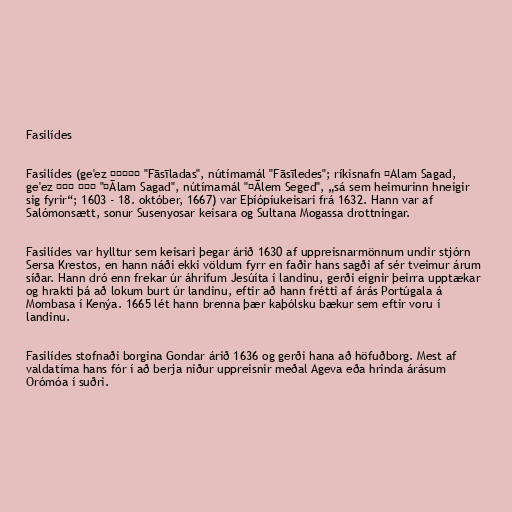
Fasilídes

Fasilídes (ge'ez ፋሲልደስ "Fāsīladas", nútímamál "Fāsīledes"; ríkisnafn ʿAlam Sagad,
ge'ez ዓለም ሰገድ "ʿĀlam Sagad", nútímamál "ʿĀlem Seged", „sá sem heimurinn hneigir
sig fyrir“; 1603 - 18. október, 1667) var Eþíópíukeisari frá 1632. Hann var af
Salómonsætt, sonur Susenyosar keisara og Sultana Mogassa drottningar.

Fasilídes var hylltur sem keisari þegar árið 1630 af uppreisnarmönnum undir stjórn
Sersa Krestos, en hann náði ekki völdum fyrr en faðir hans sagði af sér tveimur árum
síðar. Hann dró enn frekar úr áhrifum Jesúíta í landinu, gerði eignir þeirra upptækar
og hrakti þá að lokum burt úr landinu, eftir að hann frétti af árás Portúgala á
Mombasa í Kenýa. 1665 lét hann brenna þær kaþólsku bækur sem eftir voru í
landinu.

Fasilídes stofnaði borgina Gondar árið 1636 og gerði hana að höfuðborg. Mest af
valdatíma hans fór í að berja niður uppreisnir meðal Ageva eða hrinda árásum
Orómóa í suðri.